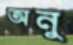
অনু